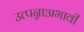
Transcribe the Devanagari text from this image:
उत्पन्नाअभावी